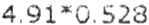
4.91*0.528